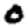
Digit: 0